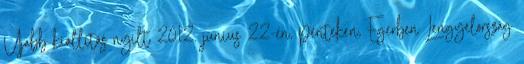
Újabb kiállítás nyílt 2012. június 22-én, pénteken, Egerben Lengyelország